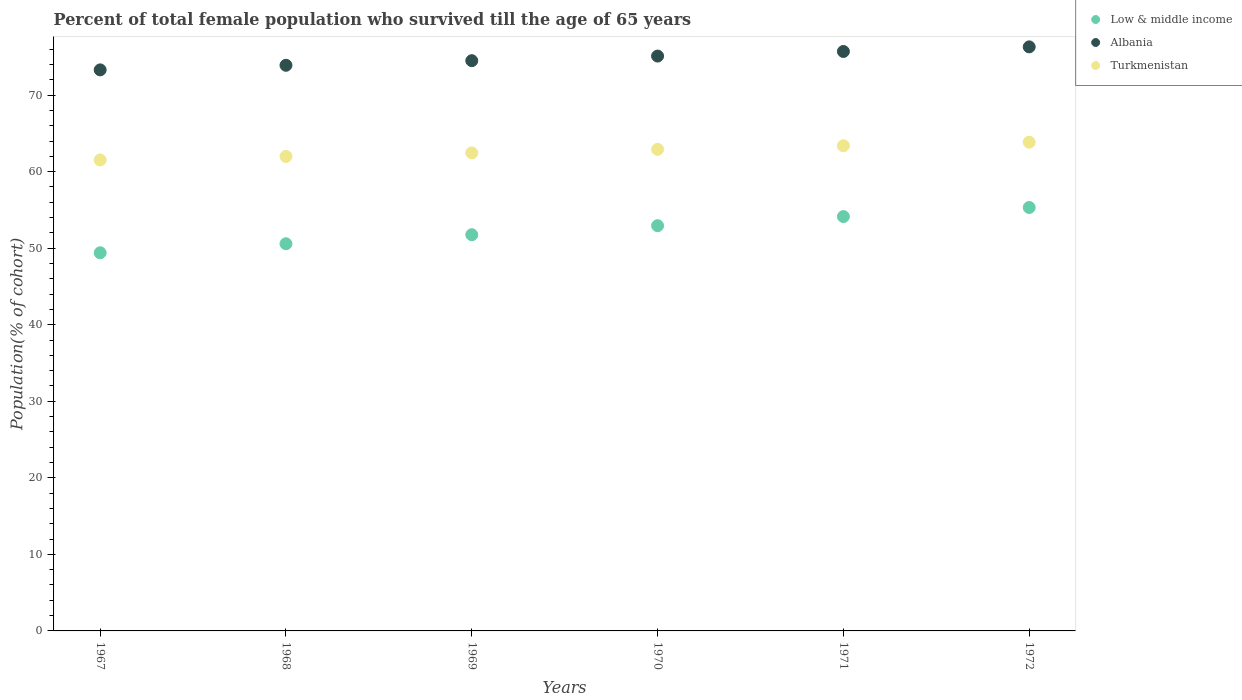
| Years | Low & middle income | Albania | Turkmenistan |
 | --- | --- | --- | --- |
 | 1967 | 49.4 | 73.3 | 61.5 |
 | 1968 | 50.6 | 73.9 | 62 |
 | 1969 | 51.8 | 74.5 | 62.5 |
 | 1970 | 52.9 | 75.1 | 62.9 |
 | 1971 | 54.1 | 75.7 | 63.4 |
 | 1972 | 55.3 | 76.3 | 63.8 |